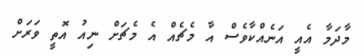
މާދަމާ އެއީ އަނެއްކާވެސް އާ މެޗެއް އެ މެޗަށް ނިއު އޮތީ ވަރަށް